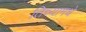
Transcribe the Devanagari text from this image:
तिच्यामधे